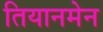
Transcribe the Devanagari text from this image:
तियानमेन